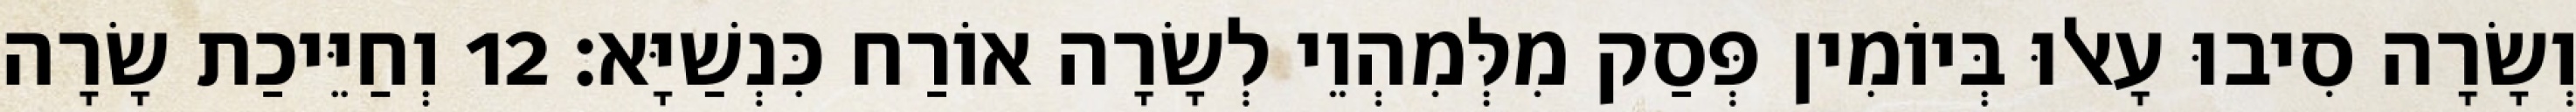
וְשָׂרָה סִיבוּ עָאלוּ בְּיוֹמִין פְּסַק מִלְּמִהְוֵי לְשָׂרָה אוֹרַח כִּנְשַׁיָּא׃ 12 וְחַיֵּיכַת שָׂרָה